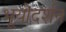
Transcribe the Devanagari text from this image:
भूयोदर्शन